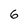
Character: 6